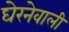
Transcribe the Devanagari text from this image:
घेरनेवाली